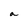
Character: a